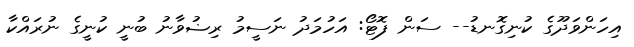
އިހަންވަދޫގެ ކުނިގޮނޑު-- ސަން ފޮޓޯ: އަހުމަދު ނަސީމު ރިޟުވާނު ބުނީ ކުނީގެ ނުރައްކާ